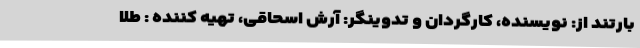
بارتند از: نویسنده، کارگردان و تدوینگر: آرش اسحاقی، تهیه کننده : طلا